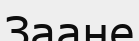
Заане